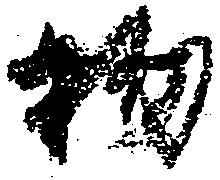
物